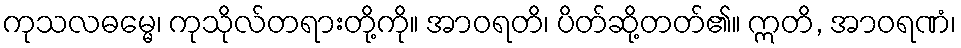
ကုသလဓမ္မေ၊ ကုသိုလ်တရားတို့ကို။ အာဝရတိ၊ ပိတ်ဆို့တတ်၏။ ဣတိ, အာဝရဏံ၊